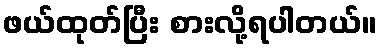
ဖယ်ထုတ်ပြီး စားလို့ရပါတယ်။